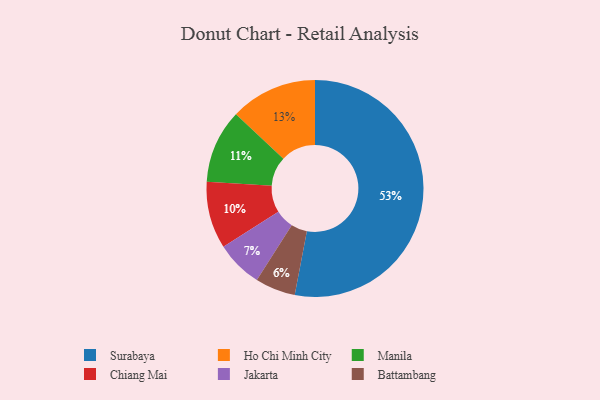
{"axis": {"x": "Category", "y": "Percentage"}, "legend": ["Battambang", "Chiang Mai", "Ho Chi Minh City", "Jakarta", "Manila", "Surabaya"], "data": [{"x": "Ho Chi Minh City", "y": 13, "type": "Ho Chi Minh City"}, {"x": "Jakarta", "y": 7, "type": "Jakarta"}, {"x": "Chiang Mai", "y": 10, "type": "Chiang Mai"}, {"x": "Surabaya", "y": 53, "type": "Surabaya"}, {"x": "Battambang", "y": 6, "type": "Battambang"}, {"x": "Manila", "y": 11, "type": "Manila"}]}